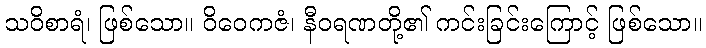
သဝိစာရံ၊ ဖြစ်သော။ ဝိဝေကဇံ၊ နီဝရဏတို့၏ ကင်းခြင်းကြောင့် ဖြစ်သော။